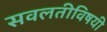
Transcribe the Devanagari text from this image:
सवलतीविषयी